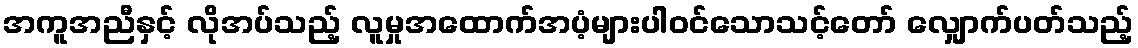
အကူအညီနှင့် လိုအပ်သည့် လူမှုအထောက်အပံ့များပါဝင်သောသင့်တော် လျှောက်ပတ်သည့်